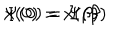
x ( 0 ) = x ( \beta ) \hspace { . 5 i n } \Psi ( 0 ) = \Psi ( \beta )